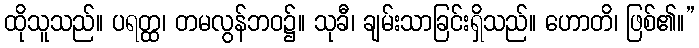
ထိုသူသည်။ ပရတ္ထ၊ တမလွန်ဘဝ၌။ သုခီ၊ ချမ်းသာခြင်းရှိသည်။ ဟောတိ၊ ဖြစ်၏။”